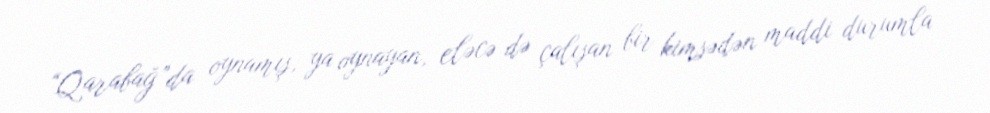
“Qarabağ”da oynamış, ya oynayan, eləcə də çalışan bir kimsədən maddi durumla